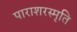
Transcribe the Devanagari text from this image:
पाराशरस्मृति